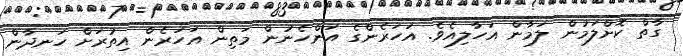
ގާތް ކޮށްލަމުން ލަމާން އަހާލިއެވެ. އަހަރެންގެ އަންހެނުން މަތިން އަހަރެން އިތުރަށް ހަނދާން